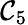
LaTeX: \mathcal{C}_{5}